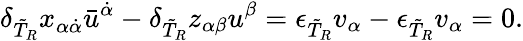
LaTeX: \delta_{\tilde{T}_{R}}x_{\alpha\dot{\alpha}}\bar{u}^{\dot{\alpha}}-\delta_{\tilde{T}_{R}}z_{\alpha\beta}u^{\beta}=\epsilon_{\tilde{T}_{R}}v_{\alpha}-\epsilon_{\tilde{T}_{R}}v_{\alpha}=0.